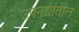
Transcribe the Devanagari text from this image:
उपनद्यांतील